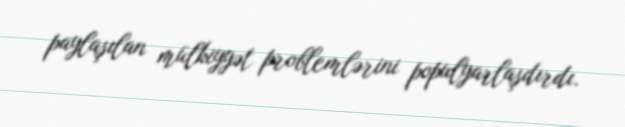
paylaşılan mülkiyyət problemlərini populyarlaşdırdı.